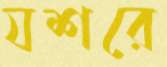
যশরে